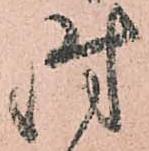
時